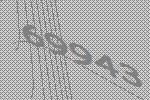
69943